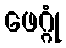
ဖေဂ္ဂုံ